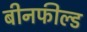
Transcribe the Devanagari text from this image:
बीनफील्ड